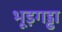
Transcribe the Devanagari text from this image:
भूड़गड्ढा